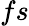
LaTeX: fs